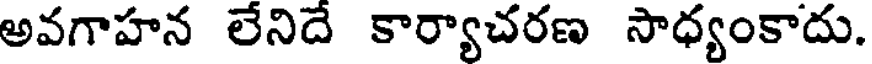
అవగాహన లేనిదే కార్యాచరణ సాధ్యంకాదు.